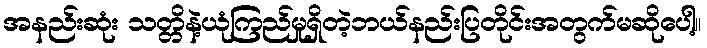
အနည်းဆုံး သတ္တိနဲ့ယုံကြည်မှုရှိတဲ့ဘယ်နည်းပြတိုင်းအတွက်မဆိုပေါ့။